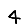
Digit: 4